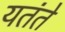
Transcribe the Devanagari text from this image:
यतंते